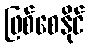
ဖြစ်စေနိုင်